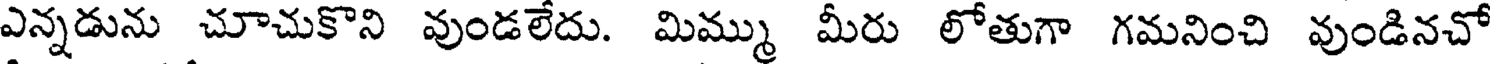
ఎన్నడును చూచుకొని వుండలేదు. మిమ్ము మీరు లోతుగా గమనించి వుండినచో